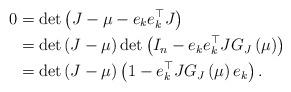
LaTeX: \begin{align*}0 & =\det\left(J-\mu-e_{k}e_{k}^{\top}J\right)\\ & =\det\left(J-\mu\right)\det\left(I_{n}-e_{k}e_{k}^{\top}JG_{J}\left(\mu\right)\right)\\ & =\det\left(J-\mu\right)\left(1-e_{k}^{\top}JG_{J}\left(\mu\right)e_{k}\right).\end{align*}